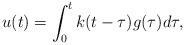
LaTeX: \begin{align*}u(t) = \int_0^tk(t-\tau)g(\tau)d\tau,\end{align*}